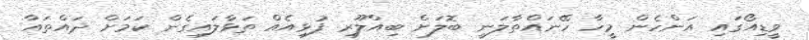
ވީޑިއޯގައި އަންހެން މީހާ ހޭނައްތާލަނީ ބޮލަށް ބިއްލޫރި ފުޅިއެއް ތަޅާލައިގެން ކަމަށް ދައްތައާ